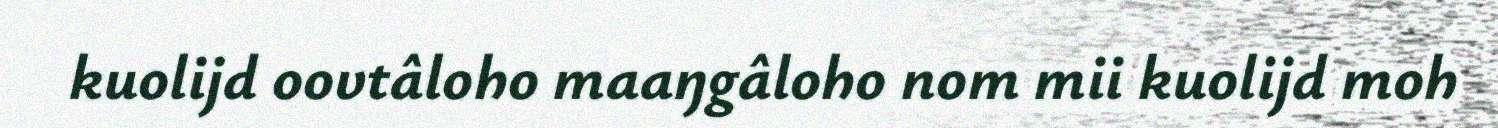
kuolijd oovtâloho maaŋgâloho nom mii kuolijd moh